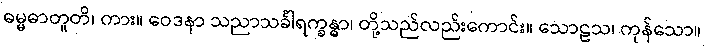
ဓမ္မဓာတူတိ၊ ကား။ ဝေဒနာ သညာသင်္ခါရက္ခန္ဓာ၊ တို့သည်လည်းကောင်း။ သောဠသ၊ ကုန်သော။